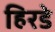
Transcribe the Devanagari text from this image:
हिरडे